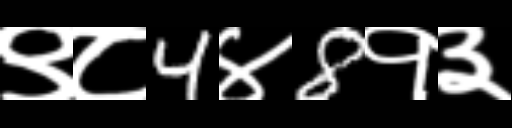
Text: ९८4४8१३